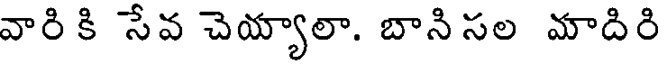
వారి కి సేవ చెయ్యాలా. బాని సల మాదిరి